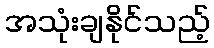
အသုံးချနိုင်သည့်